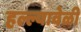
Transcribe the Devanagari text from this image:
हल्ल्यावेळी